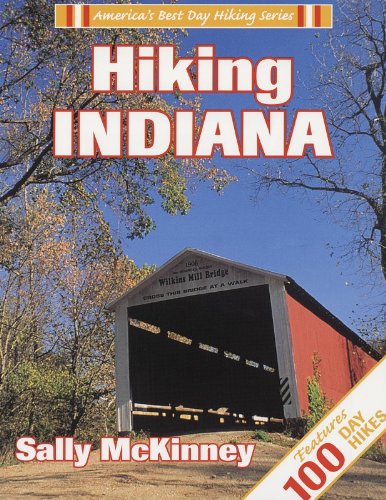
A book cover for Hiking Indiana (America's Best Day Hiking); Sally McKinney; Travel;